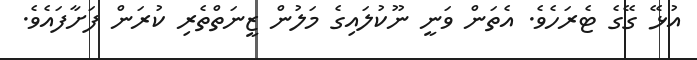
އުޅޭ ގޭގެ ޓެރަހެވެ. އެތަން ވަނީ ނޫކުލައިގެ މަލުން ޒީނަތްތެރި ކުރަން ފަށާފައެވެ.